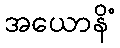
အယောနိံ